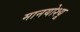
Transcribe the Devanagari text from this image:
मानयोश्यू